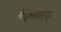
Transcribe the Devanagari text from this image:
ऋतुसंहारम्